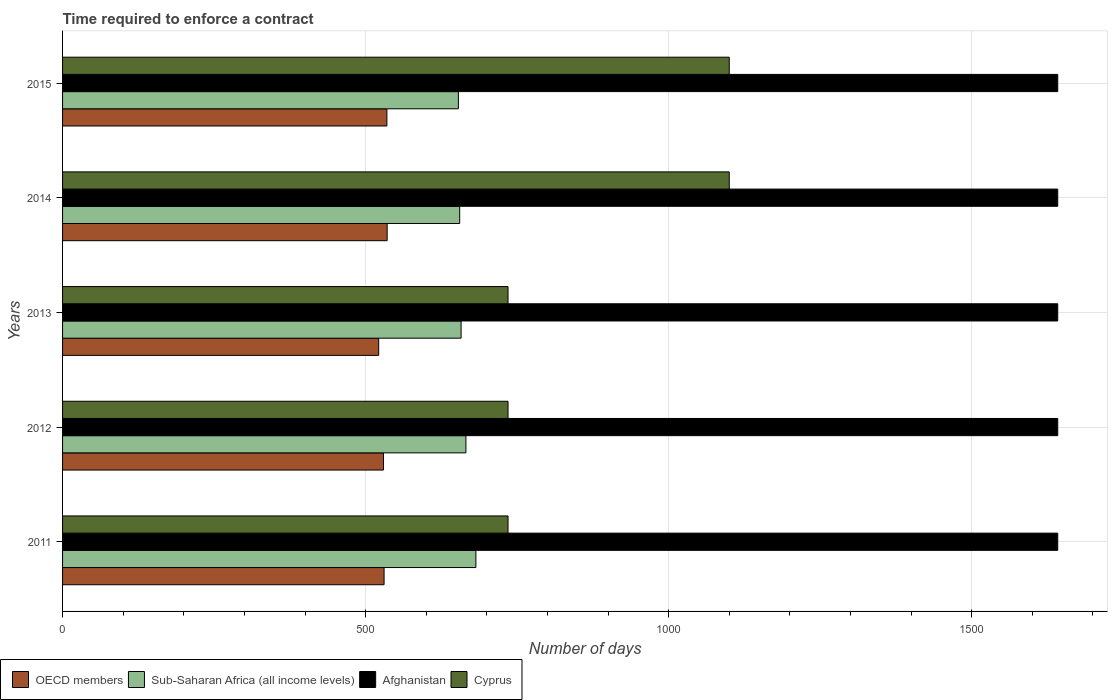
| Years | OECD members | Sub-Saharan Africa (all income levels) | Afghanistan | Cyprus |
 | --- | --- | --- | --- | --- |
 | 2011 | 530 | 682 | 1.64e+03 | 735 |
 | 2012 | 529 | 666 | 1.64e+03 | 735 |
 | 2013 | 522 | 658 | 1.64e+03 | 735 |
 | 2014 | 536 | 655 | 1.64e+03 | 1.1e+03 |
 | 2015 | 535 | 653 | 1.64e+03 | 1.1e+03 |